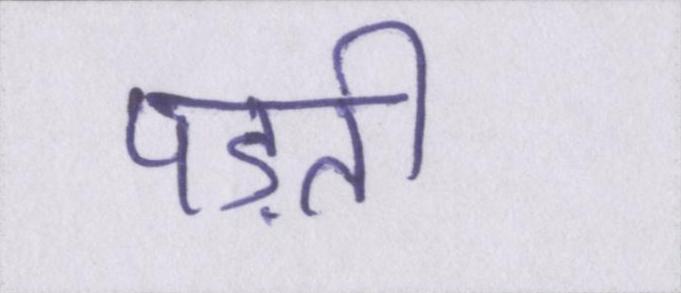
पड़ती